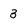
Character: 3